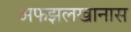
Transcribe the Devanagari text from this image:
अफझलखानास